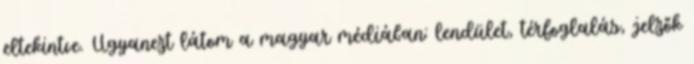
eltekintve. Ugyanezt látom a magyar médiában: lendület, térfoglalás, jelzők